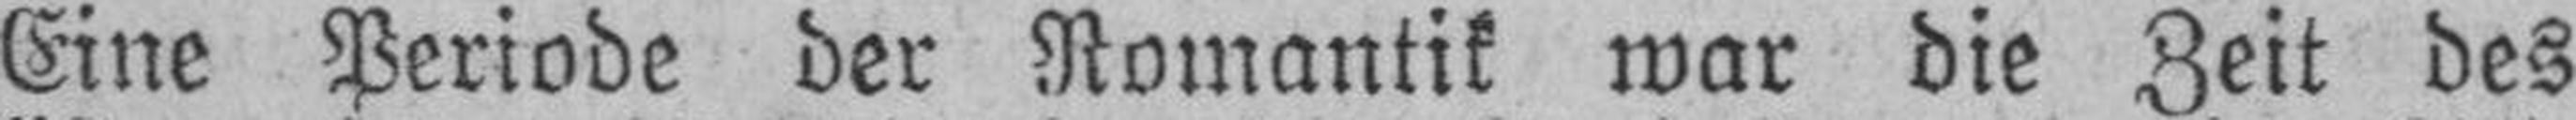
Eine Periode der Romantik war die Zeit des